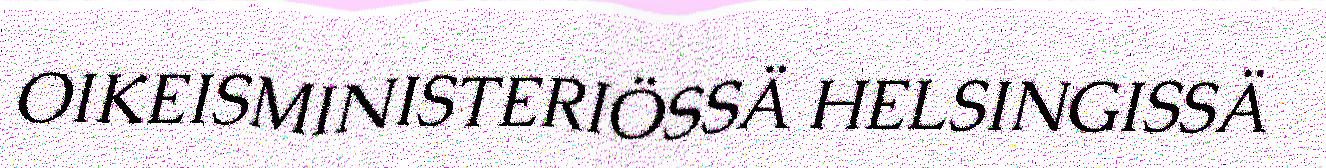
OIKEISMINISTERIÖSSÄ HELSINGISSÄ